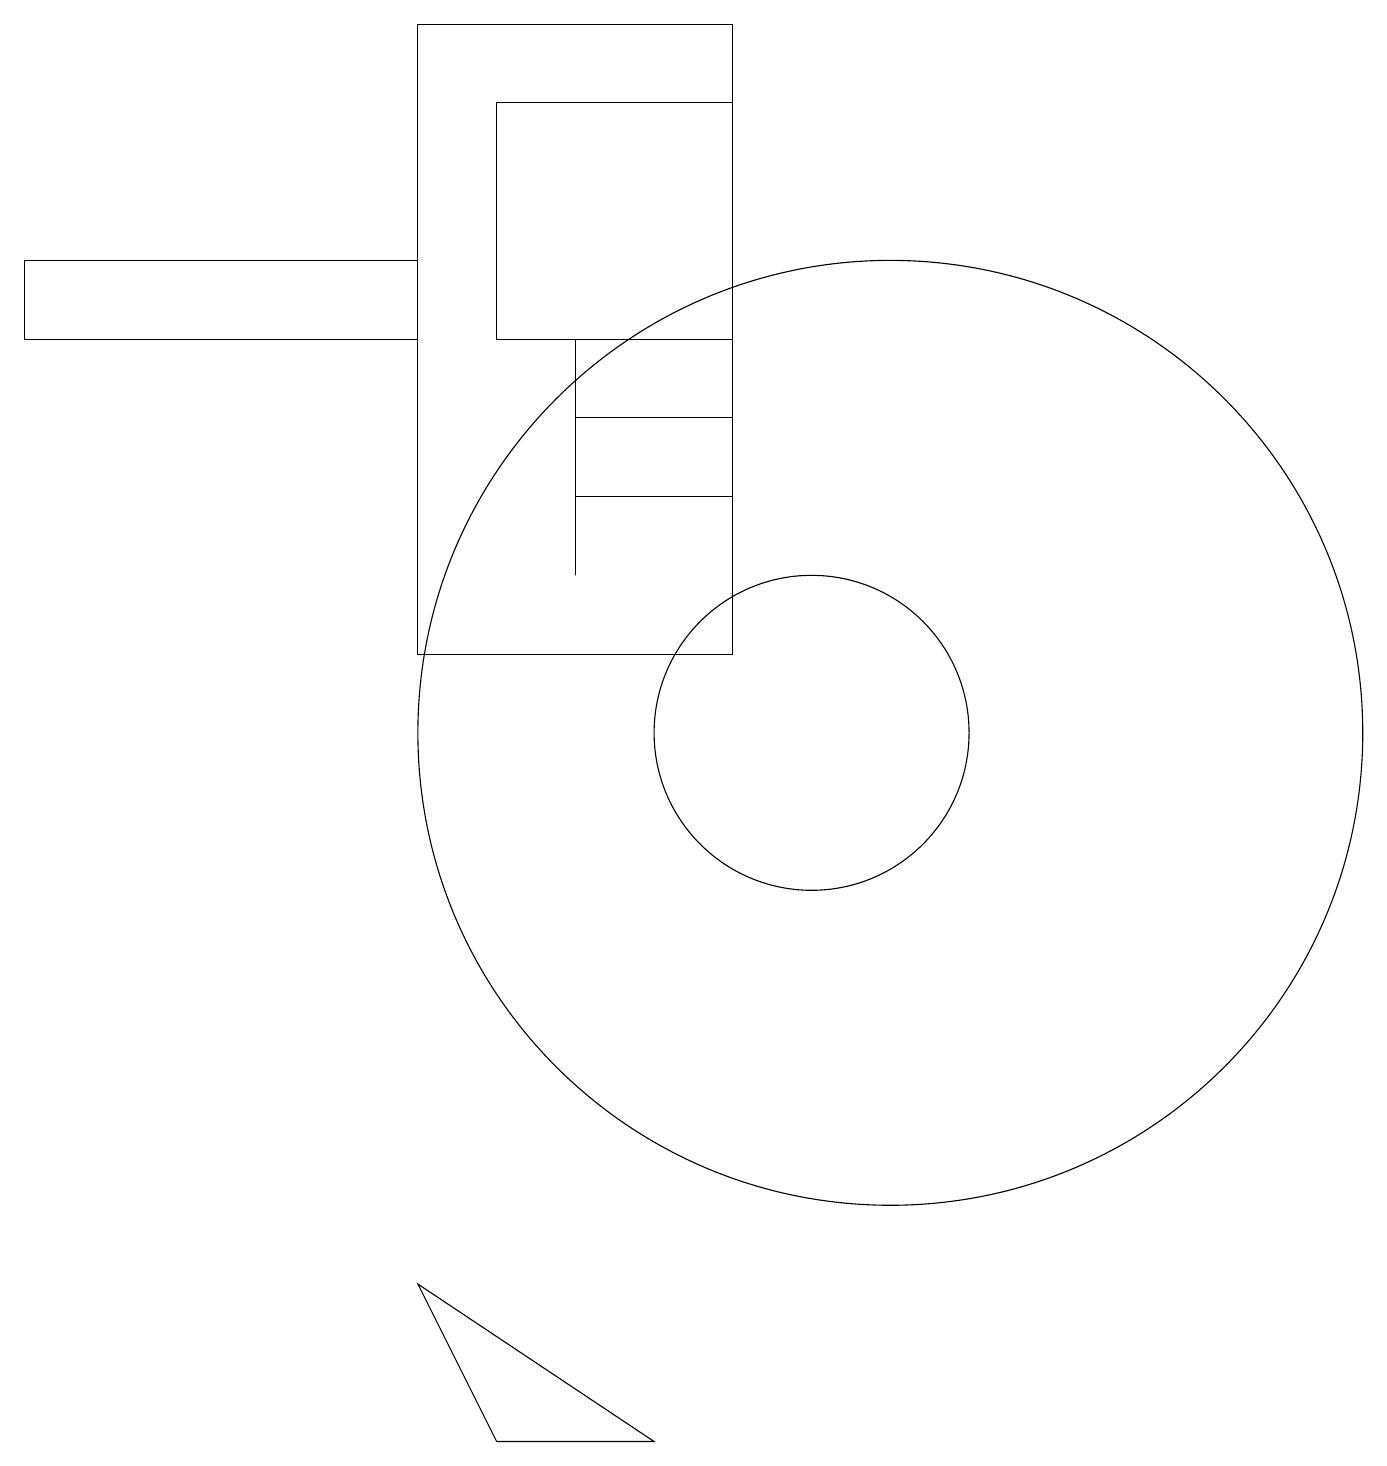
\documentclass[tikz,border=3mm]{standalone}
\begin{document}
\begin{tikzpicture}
\draw (5,16) rectangle (0,15);
\draw (10,10) circle (2);
\draw (9,11) rectangle (5,19);
\draw (5,3) -- (6,1) -- (8,1) -- cycle;
\draw (11,10) circle (6);
\draw (7,15) rectangle (7,12);
\draw (7,13) rectangle (9,14);
\draw (9,18) rectangle (6,15);
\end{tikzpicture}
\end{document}